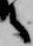
之